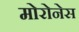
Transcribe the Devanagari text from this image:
मोरोनेस